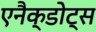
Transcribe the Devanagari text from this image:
एनैक्डोट्स